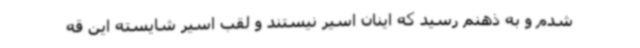
شدم و به ذهنم رسید که اینان اسیر نیستند و لقب اسیر شایسته‌ این قه